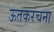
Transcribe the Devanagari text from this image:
ऊतकरचना